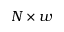
N \times w